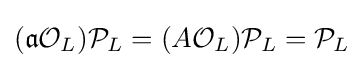
({\mathfrak {a}}{\mathcal {O}}_{L}){\mathcal {P}}_{L}=(A{\mathcal {O}}_{L}){\mathcal {P}}_{L}={\mathcal {P}}_{L}